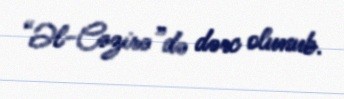
“Əl-Cəzirə”də dərc olunub.